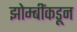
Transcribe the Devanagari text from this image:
झोम्बींकडून